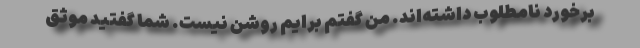
برخورد نامطلوب داشته‌اند. من گفتم برایم روشن نیست. شما گفتید موثق